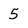
Character: 5